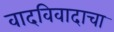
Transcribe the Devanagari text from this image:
वादविवादाचा